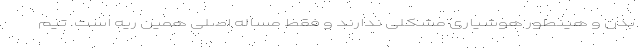
بدن و هینطور هوشیاری مشکلی ندارند و فقط مساله اصلی همین ریه است. تیم